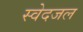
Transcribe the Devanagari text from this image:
स्वेदजल